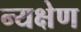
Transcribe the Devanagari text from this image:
न्यक्षेण